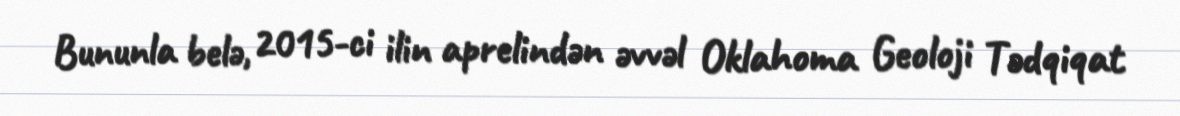
Bununla belə, 2015-ci ilin aprelindən əvvəl Oklahoma Geoloji Tədqiqat